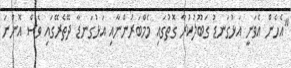
"އެހެން އެވަނީ އަޅުގަނޑު ގަބޫލުކުރާ ގޮތުގައި މެމްބަރުންނާއި އަޅުގަނޑާ ދޭތެރޭގައި ވެސް އޮންނަ